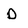
Character: d